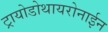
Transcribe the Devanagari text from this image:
ट्रायोडोथायरोनाईन